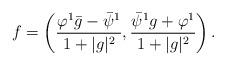
LaTeX: \begin{align*} f=\left(\frac{\varphi^1 \bar g - \bar\psi^1}{1 + |g|^2} , \frac{\bar\psi^1 g + \varphi^1}{1 + |g|^2}\right).\end{align*}